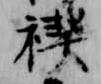
禊